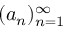
( a _ { n } ) _ { n = 1 } ^ { \infty }